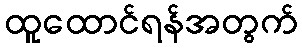
ထူထောင်ရန်အတွက်